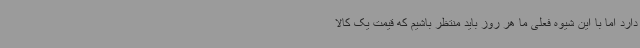
دارد اما با این شیوه فعلی ما هر روز باید منتظر باشیم که قیمت یک کالا